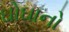
ઘોઘાનો